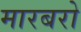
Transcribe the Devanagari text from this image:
मारबरो